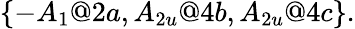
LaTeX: \{ -A_{1}@2a,A_{2u}@4b,A_{2u}@4c\} .